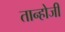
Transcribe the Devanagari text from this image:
तान्होजी